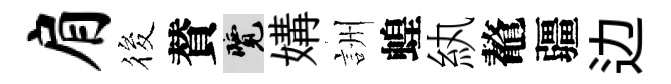
肩筱賛覽媾詶蝗紈鼇疆边